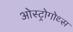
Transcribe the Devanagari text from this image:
ओस्ट्रोगोथ्स